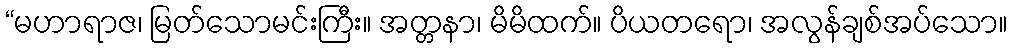
“မဟာရာဇ၊ မြတ်သောမင်းကြီး။ အတ္တနာ၊ မိမိထက်။ ပိယတရော၊ အလွန်ချစ်အပ်သော။